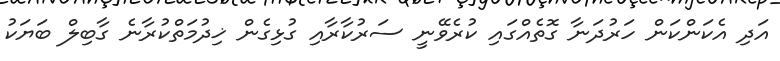
އަދި އެކަންކަން ހަރުދަނާ ގޮތެއްގައި ކުރެވޭނީ ސަރުކާރާއި ގުޅިގެން ޚިދުމަތްކުރާނެ ގާބިލް ބަޔަކު